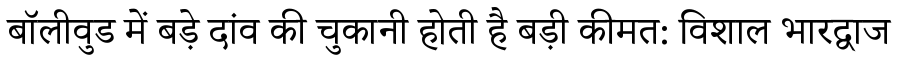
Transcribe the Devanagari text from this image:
बॉलीवुड में बड़े दांव की चुकानी होती है बड़ी कीमत: विशाल भारद्वाज